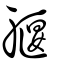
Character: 躽